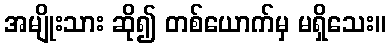
အမျိုးသား ဆို၍ တစ်ယောက်မှ မရှိသေး။